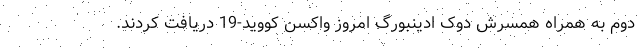
دوم به همراه همسرش دوک ادینبورگ امروز واکسن کووید-19 دریافت کردند.